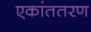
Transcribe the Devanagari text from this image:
एकांततरण